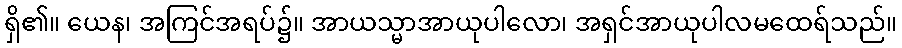
ရှိ၏။ ယေန၊ အကြင်အရပ်၌။ အာယသ္မာအာယုပါလော၊ အရှင်အာယုပါလမထေရ်သည်။